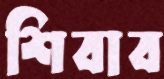
শিবাব